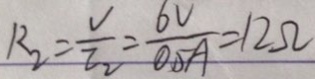
R _ { 2 } = \frac { V } { I _ { 2 } } = \frac { 6 V } { 0 . 5 A } = 1 2 \Omega